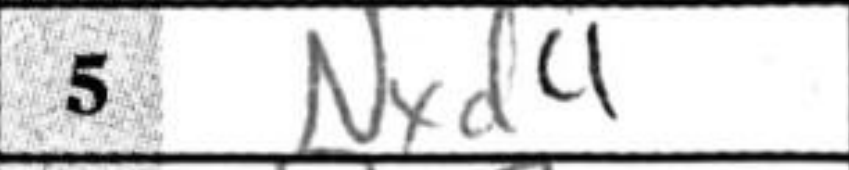
Transcription: Nxd4